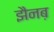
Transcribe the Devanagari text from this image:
झैनब़